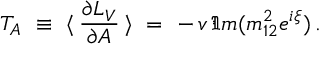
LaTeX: T _ { A } \ \equiv \ \langle \, \frac { \partial { \cal L } _ { V } } { \partial A } \, \rangle \ = \ - \, v \, \Im m ( m _ { 1 2 } ^ { 2 } e ^ { i \xi } ) \, .